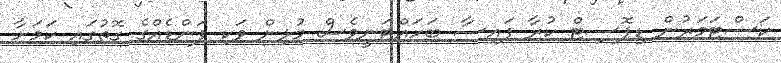
ކަސްޓަމަރުން ޑިޕޮސިޓް ކުރާ ފައިސާ ބަހައްޓަނީވެސް މުޅިން ވަކި ފަންޑެއްގެ ގޮތުގައި ކަމަށާ